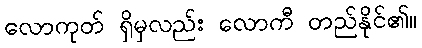
လောကုတ် ရှိမှလည်း လောကီ တည်နိုင်၏။